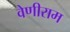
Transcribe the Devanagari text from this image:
वेणीराम